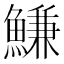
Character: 鰜